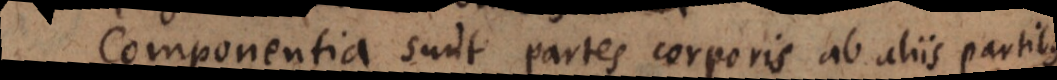
C sunt partes corporis ab aliis partibus